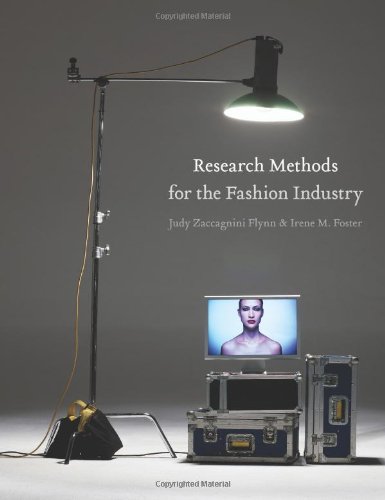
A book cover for Research Methods for the Fashion Industry; Judy Zaccagnini Flynn; Business & Money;